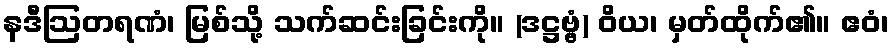
နဒီဩတရဏံ၊ မြစ်သို့ သက်ဆင်းခြင်းကို။ (ဒဋ္ဌဗ္ဗံ) ဝိယ၊ မှတ်ထိုက်၏။ ဧဝံ၊